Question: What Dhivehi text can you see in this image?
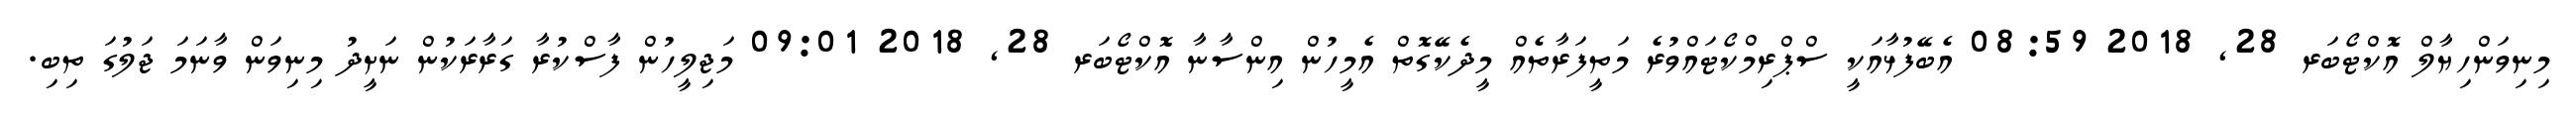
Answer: މިނިވަންހިޔާލް އޮކްޓޯބަރ 28, 2018 08:59 އެބޭފުޅާއަކީ ސްޕްރިމްކޯޓައްވުރެ މަތީފަރާތެއް މީދެކޭގޮތް އެމީހުން އިންސާނާ އޮކްޓޯބަރ 28, 2018 09:01 މަޖިލީހުން ފާސްކުރާ ގަރާރަކުން ނަށީދު މިނިވަން ވާނަމަ ޖަލުގަ ތިބި.